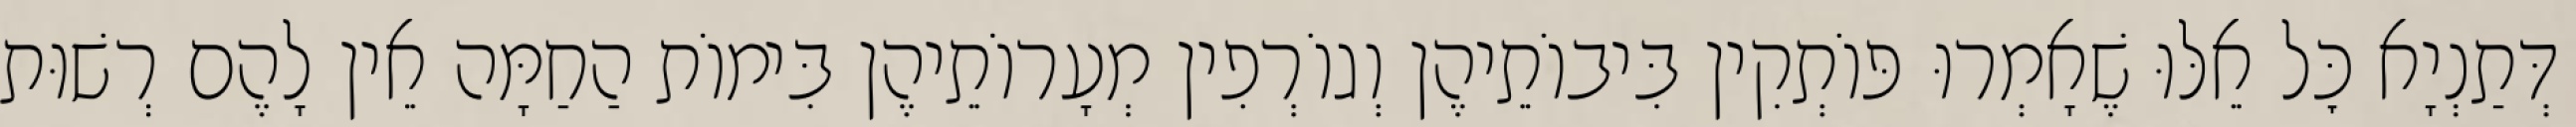
דְּתַנְיָא כׇּל אֵלּוּ שֶׁאָמְרוּ פּוֹתְקִין בִּיבוֹתֵיהֶן וְגוֹרְפִין מְעָרוֹתֵיהֶן בִּימוֹת הַחַמָּה אֵין לָהֶם רְשׁוּת